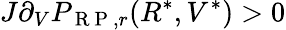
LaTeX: J\partial_{V}P_{\mathrm{~R~P~},r}(R^{*},V^{*})>0